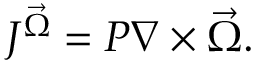
J ^ { \vec { \Omega } } = P \nabla \times \vec { \Omega } .